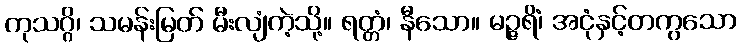
ကုသဂ္ဂိ၊ သမန်းမြတ် မီးလျံကဲ့သို့။ ရတ္တံ၊ နီသော။ မဉ္ဇရိံ၊ အငုံနှင့်တကွသော